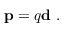
\mathbf { p } = q \mathbf { d } \ .